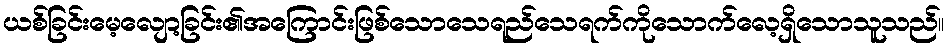
ယစ်ခြင်းမေ့လျော့ခြင်း၏အကြောင်းဖြစ်သောသေရည်သေရက်ကိုသောက်လေ့ရှိသောသူသည်။